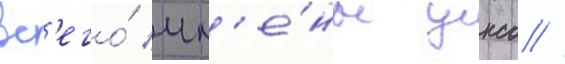
вс'его́ чл'е́ны унсо //